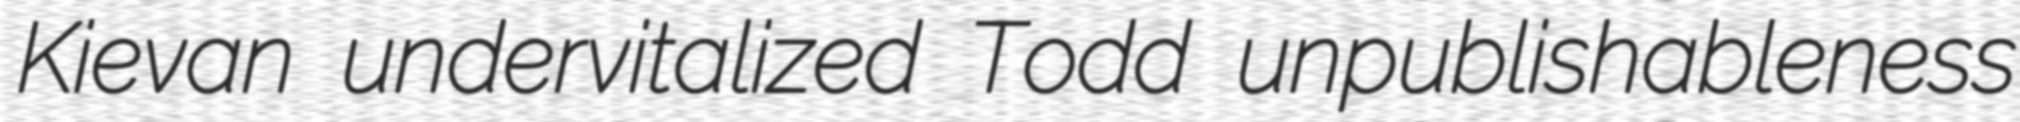
Kievan undervitalized Todd unpublishableness